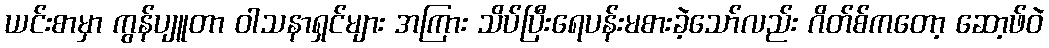
ယင်းစာမှာ ကွန်ပျူတာ ဝါသနာရှင်များ အကြား သိပ်ပြီးရေပန်းမစားခဲ့သော်လည်း ဂိတ်စ်ကတော့ ဆော့ဖ်ဝဲ